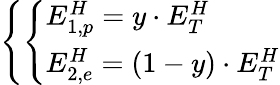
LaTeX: \left\{ \left\{ \begin{array}{ll}{{E_{1,p}^{H}=y\cdot E_{T}^{H}}}\\ {{E_{2,e}^{H}=(1-y)\cdot E_{T}^{H}}}\end{array}\right.\right.